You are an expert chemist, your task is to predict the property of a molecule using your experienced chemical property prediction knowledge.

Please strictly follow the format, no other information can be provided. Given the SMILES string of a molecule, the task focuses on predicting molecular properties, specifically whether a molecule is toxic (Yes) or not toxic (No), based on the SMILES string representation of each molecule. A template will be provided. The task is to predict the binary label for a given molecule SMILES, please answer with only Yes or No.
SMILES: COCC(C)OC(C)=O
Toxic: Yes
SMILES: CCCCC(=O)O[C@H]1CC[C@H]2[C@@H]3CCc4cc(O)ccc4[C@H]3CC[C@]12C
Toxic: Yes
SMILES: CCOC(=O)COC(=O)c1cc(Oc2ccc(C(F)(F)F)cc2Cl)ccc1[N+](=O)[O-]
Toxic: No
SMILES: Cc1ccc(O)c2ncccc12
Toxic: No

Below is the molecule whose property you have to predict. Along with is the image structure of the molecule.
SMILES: O=C(O)c1cc2ccccc2nc1C(=O)O
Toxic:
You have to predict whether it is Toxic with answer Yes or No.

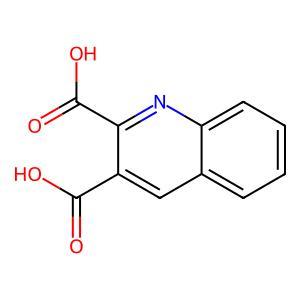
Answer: No